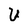
Character: U